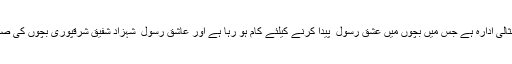
انہوں نے کہا کہ دی ایجوکیٹرز بارہ دری کیمپس ایک مثالی ادارہ ہے جس میں بچوں میں عشق رسول ۖ پیدا کرنے کیلئے کام ہو رہا ہے اور عاشق رسول ۖ شہزاد شفیق شرقپوری بچوں کی صحیح معنوں میں تربیت کا فریضہ سرانجام دے رہے ہیں۔